Report on sanitation, dispensaries, and jails in Rajputana for 1917, and on vaccination for the year 1917-1918 - 1917-1918
Year: 1917
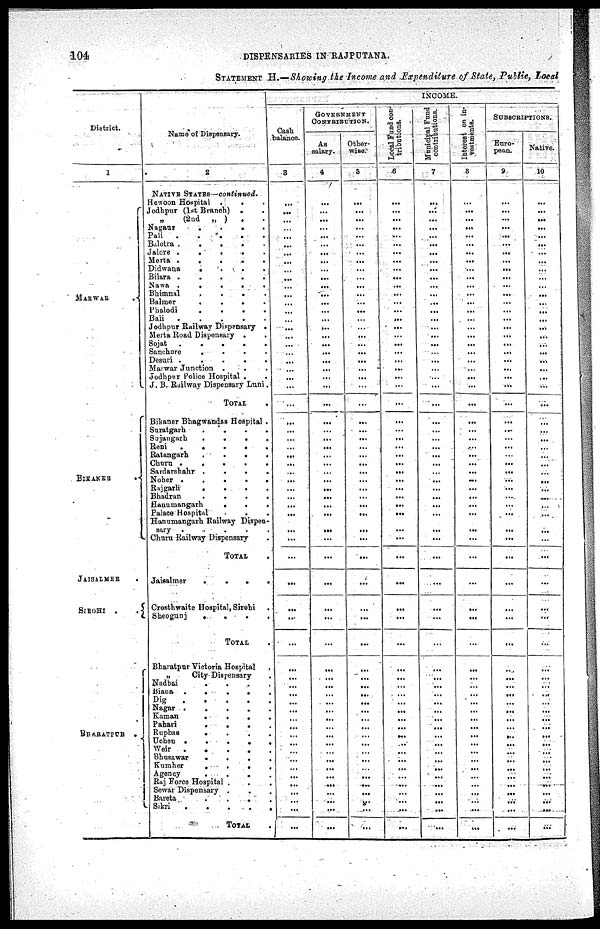
104
DISPENSARIES IN RAJPUTANA.
STATEMENT H.—Showing the Income and Expenditure of State, Public, Local
District.
1
MARWAR .
BIKANER
.
JAISALMER .
SIROHI
..
BHARATPUR
.
Name of Dispensary.
2
NATIVE STATES—continued.
Henoon Hospital
...
Jodhpur (1st Branch) ..
„
(2nd „ ) ..
Nagaur
.
.
.
.
Pali
.....
Bilotra
.....
Jalore
.
.
.
.
.
Merta
.
.
.
.
.
Didwana
.
.
.
.
Bilara
.....
Nawa
.
.
.
.
.
Bhimnal
.
.
.
.
Balmer
.
.
.
.
Phalodi
.
.
.
.
Bali
.....
Jodhpur Railway Dispensary .
Merta Road Dispensary ..
Sojat
.
.
.
.
.
Sanchore
.
.
.
.
Desuri
.
.
.
.
.
Marwar Junction ...
Jodhpur Police Hospital ..
J. B. Railway Dispensary Luni.
TOTAL .
Bikaner Bhagwandas Hospital .
Suratgarh
.
.
.
.
Sujangarh
.
.
.
.
Reni
.
.
.
.
.
Ratangarh
.
.
.
.
Chora
.
.
.
.
.
Sardarshahr
.
.
.
.
Noher
.
.
.
.
.
Rajgarh
.
.
.
.
Bhadran
.
.
.
.
Hanumangarh
...
Palace Hospital ..
Hanumangarh Railway Dispen-
sary
.
.
.
.
.
Churu Railway Dispensary .
TOTAL .
Jaisalmer
.
.
.
.
Crosthwaite Hospital, Sirohi .
Sheogunj
.
.
.
.
TOTAL .
Bharatpur Victoria Hospital .
„
City Dispensary .
Nadbai
.
.
.
.
Biana
.
.
.
.
.
Dig
.....
Nagar
.....
Kaman
.
.
.
.
Pahari
.
.
.
.
Rupbas
.
.
.
.
Uchen
Weir
.....
Bhusawar
.
.
.
.
Kumher
.
.
.
.
Agency
.
.
.
.
Raj Force Hospital ...
Sewar Dispensary ...
Bareta
.
.
.
.
Sikri
.....
TOTAL
.
INCOME.
Cash
balance.
3
...
...
...
...
...
...
...
...
...
...
...
...
...
...
...
...
...
...
...
...
...
...
...
...
...
...
...
...
...
...
...
...
...
...
...
...
...
...
...
...
...
...
...
...
...
...
...
...
...
...
...
...
...
...
...
...
...
...
...
...
...
...
GOVERNMENT
CONTRIBUTION.
As
salary.
4
...
...
...
...
...
...
...
...
...
...
...
...
...
...
...
...
...
...
...
...
...
...
...
...
...
...
...
...
...
...
...
...
...
...
...
...
...
...
...
...
...
...
...
...
...
...
...
...
...
...
...
...
...
...
...
...
...
...
...
...
...
...
Other-
wise.
5
...
...
...
...
...
...
...
...
...
...
...
...
...
...
...
...
...
...
...
...
...
...
...
...
...
...
...
...
...
...
...
...
...
...
...
...
...
...
...
...
...
...
...
...
...
...
...
...
...
...
...
...
...
...
...
...
...
...
...
...
...
...
Local Fund con¬
tributions.
6
...
...
...
...
...
...
...
...
...
...
...
...
...
...
...
...
...
...
...
...
...
...
...
...
...
...
...
...
...
...
...
...
...
...
...
...
...
...
...
...
...
...
...
...
...
...
...
...
...
...
...
...
...
...
...
...
...
...
...
...
...
...
Municipal Fund
contributions.
7
...
...
...
...
...
...
...
...
...
...
...
...
...
...
...
...
...
...
...
...
...
...
...
...
...
...
...
...
...
...
...
...
...
...
...
...
...
...
...
...
...
...
...
...
...
...
...
...
...
...
...
...
...
...
...
...
...
...
...
...
...
...
Interest on in¬
vestments.
8
...
...
...
...
...
...
...
...
...
...
...
...
...
...
...
...
...
...
...
...
...
...
...
...
...
...
...
...
...
...
...
...
...
...
...
...
...
...
...
...
...
...
...
...
...
...
...
...
...
...
...
...
...
...
...
...
...
...
...
...
...
...
SUBSCRIPTIONS.
Euro-
pean.
9
...
...
...
...
...
...
...
...
...
...
...
...
...
...
...
...
...
...
...
...
...
...
...
...
...
...
...
...
...
...
...
...
...
...
...
...
...
...
...
...
...
...
...
...
...
...
...
...
...
...
...
...
...
...
...
...
...
...
...
...
...
...
Native.
10
...
...
...
...
...
...
...
...
...
...
...
...
...
...
...
...
...
...
...
...
...
...
...
...
...
...
...
...
...
...
...
...
...
...
...
...
...
...
...
...
...
...
...
...
...
...
...
...
...
...
...
...
...
...
...
...
...
...
...
...
...
...